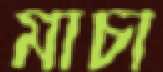
মাচা